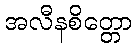
အလီနစိတ္တော